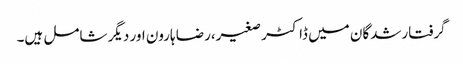
گرفتارشدگان میں ڈاکٹر صغیر،رضا ہارون اور دیگر شامل ہیں۔